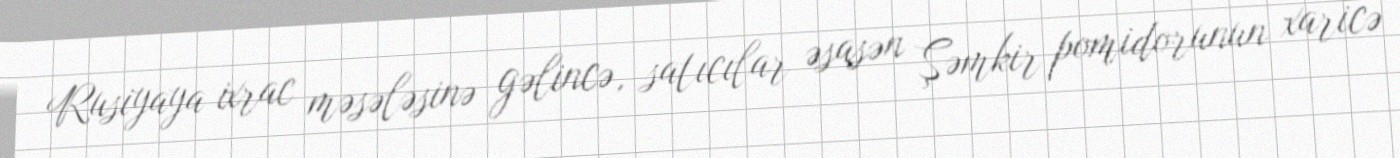
Rusiyaya ixrac məsələsinə gəlincə, satıcılar əsasən Şəmkir pomidorunun xaricə